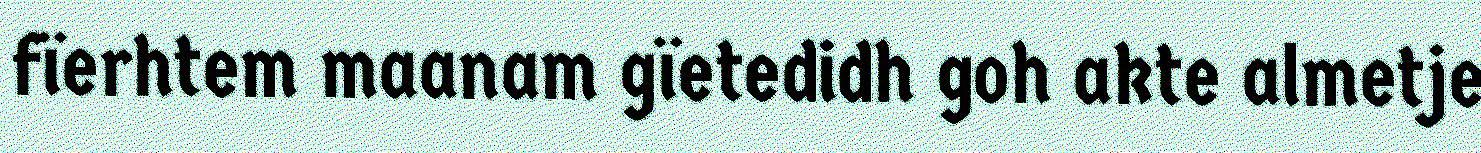
fïerhtem maanam gïetedidh goh akte almetje